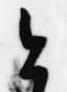
今